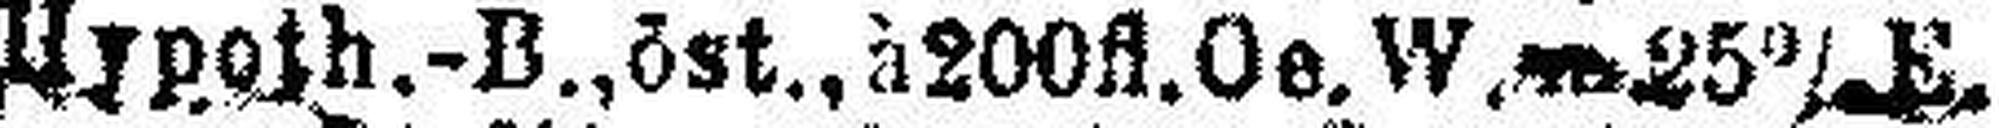
Hypoth.-B., öst., à 200fl. Oe. W, 25% E.